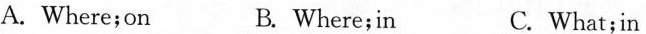
A.Where;on B. Where; in C.What;in